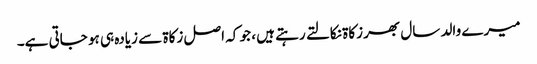
میرے والد سال بھر زکاۃ نکالتے رہتے ہیں ، جو کہ اصل زکاۃ سے زیادہ ہی ہو جاتی ہے۔